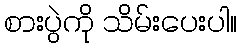
စားပွဲကို သိမ်းပေးပါ။